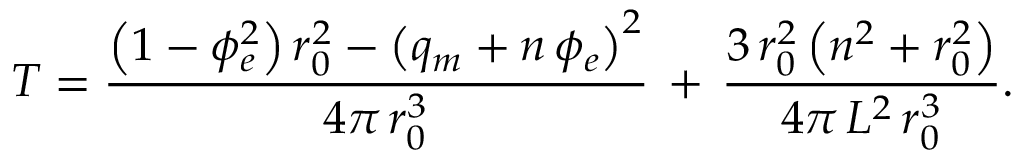
T = \frac { \left( 1 - \phi _ { e } ^ { 2 } \right) r _ { 0 } ^ { 2 } - \left( q _ { m } + n \, \phi _ { e } \right) ^ { 2 } } { 4 \pi \, r _ { 0 } ^ { 3 } } \, + \, \frac { 3 \, r _ { 0 } ^ { 2 } \left( n ^ { 2 } + r _ { 0 } ^ { 2 } \right) } { 4 \pi \, L ^ { 2 } \, r _ { 0 } ^ { 3 } } .